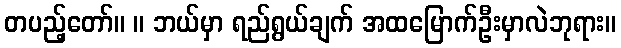
တပည့်တော်။ ။ ဘယ်မှာ ရည်ရွယ်ချက် အထမြောက်ဦးမှာလဲဘုရား။